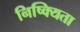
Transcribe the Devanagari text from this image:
निष्क्यिता